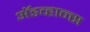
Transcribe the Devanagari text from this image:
अॅडव्हान्स